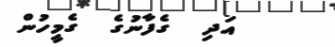
އަދި  ގެފާނުގެ  ގެމީހުން